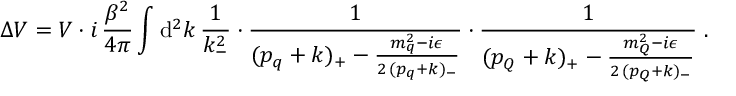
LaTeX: \Delta V = V \cdot i \, \frac { \beta ^ { 2 } } { 4 \pi } \int \mathrm { d } ^ { 2 } k \, \frac { 1 } { k _ { - } ^ { 2 } } \cdot \frac { 1 } { ( p _ { q } + k ) _ { + } - \frac { m _ { q } ^ { 2 } - i \epsilon } { 2 \, ( p _ { q } + k ) _ { - } } } \cdot \frac { 1 } { ( p _ { Q } + k ) _ { + } - \frac { m _ { Q } ^ { 2 } - i \epsilon } { 2 \, ( p _ { Q } + k ) _ { - } } } \; .